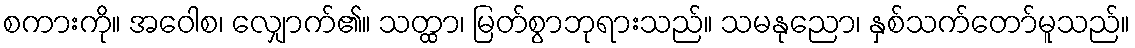
စကားကို။ အဝေါစ၊ လျှောက်၏။ သတ္ထာ၊ မြတ်စွာဘုရားသည်။ သမနုညော၊ နှစ်သက်တော်မူသည်။